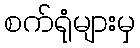
စက်ရုံများမှ